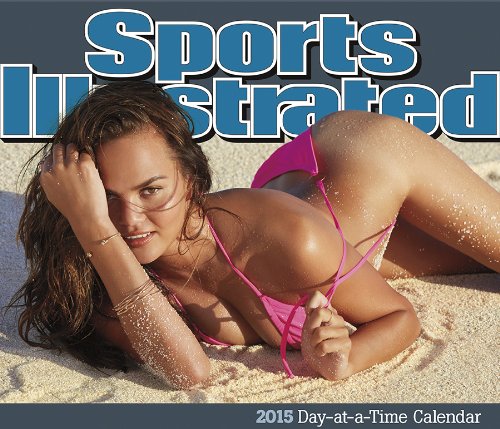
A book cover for Sports Illustrated Swimsuit 2015 Day-at-a-Time Box Calendar; Trends International; Calendars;